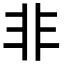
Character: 非